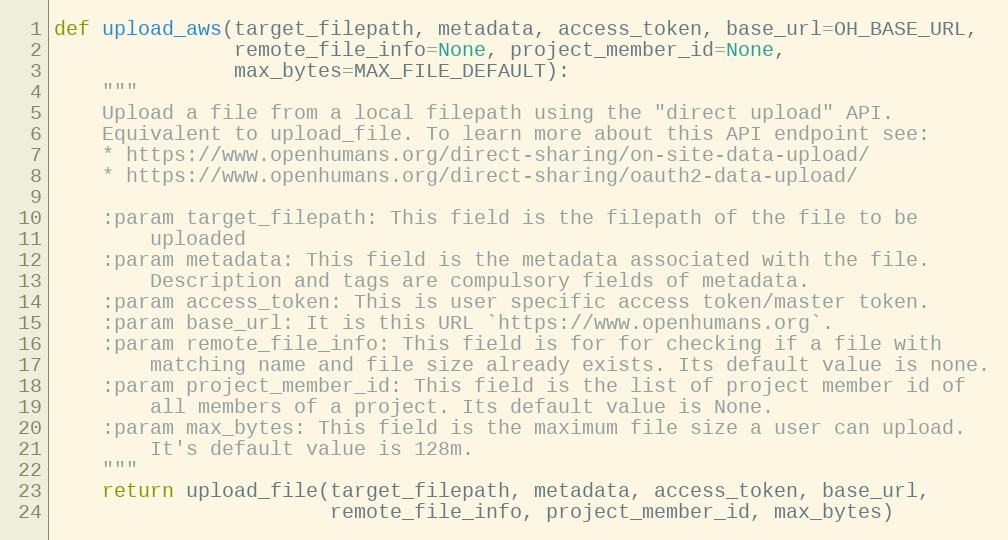
Language: Python
def upload_aws(target_filepath, metadata, access_token, base_url=OH_BASE_URL,
               remote_file_info=None, project_member_id=None,
               max_bytes=MAX_FILE_DEFAULT):
    """
    Upload a file from a local filepath using the "direct upload" API.
    Equivalent to upload_file. To learn more about this API endpoint see:
    * https://www.openhumans.org/direct-sharing/on-site-data-upload/
    * https://www.openhumans.org/direct-sharing/oauth2-data-upload/

    :param target_filepath: This field is the filepath of the file to be
        uploaded
    :param metadata: This field is the metadata associated with the file.
        Description and tags are compulsory fields of metadata.
    :param access_token: This is user specific access token/master token.
    :param base_url: It is this URL `https://www.openhumans.org`.
    :param remote_file_info: This field is for for checking if a file with
        matching name and file size already exists. Its default value is none.
    :param project_member_id: This field is the list of project member id of
        all members of a project. Its default value is None.
    :param max_bytes: This field is the maximum file size a user can upload.
        It's default value is 128m.
    """
    return upload_file(target_filepath, metadata, access_token, base_url,
                       remote_file_info, project_member_id, max_bytes)